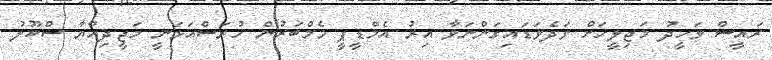
ރައީސް ވަހީދު މަޖިލީހަށް ވަދެވަޑައިގަންނަވާ އިރު އެމްޑީޕީ މެމްބަރުން ހުރަސްއަޅަނީ މަޖީދިއްޔާ ސްކޫލު